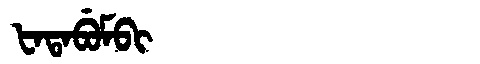
Manchu: ᡶᠠᡨᠠᠪᡠᠮᠪᡳ
Romanization: FATABUMBI